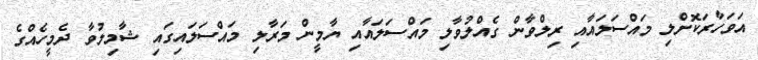
އަވަހާރަކޮށްލި މައްސަލައާއި ރިލްވާން ގެއްލުވާލި މައްސަލައާއި ޔާމީން މަރާލި މައްސަލައިގައި ޝާމިލުވާ ދެމީހެއްގެ